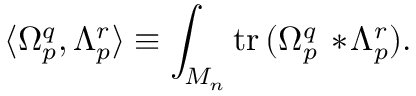
\langle \Omega _ { p } ^ { q } , \Lambda _ { p } ^ { r } \rangle \equiv \int _ { { \cal M } _ { n } } \mathrm { t r } \, ( \Omega _ { p } ^ { q } \, * \! \Lambda _ { p } ^ { r } ) .